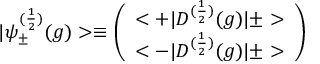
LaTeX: | { \psi } _ { \pm } ^ { ( \frac { 1 } { 2 } ) } ( g ) > \equiv \left( \begin{array} { c } { { < + | D ^ { ( \frac { 1 } { 2 } ) } ( g ) | \pm > } } \\ { { < - | D ^ { ( \frac { 1 } { 2 } ) } ( g ) | \pm > } } \end{array} \right) \,